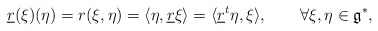
\begin{align*}\underline{r}(\xi)(\eta)=r(\xi,\eta)=\langle \eta,\underline{r}\xi\rangle=\langle \underline{r}^{t}\eta,\xi\rangle,\qquad\forall \xi,\eta\in\mathfrak{g}^{\ast},\end{align*}